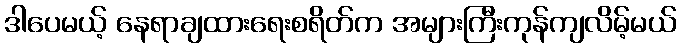
ဒါပေမယ့် နေရာချထားရေးစရိတ်က အများကြီးကုန်ကျလိမ့်မယ်